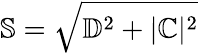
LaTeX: \mathbb{S}=\sqrt{\mathbb{D}^{2}+|\mathbb{C}|^{2}}